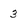
Character: 3